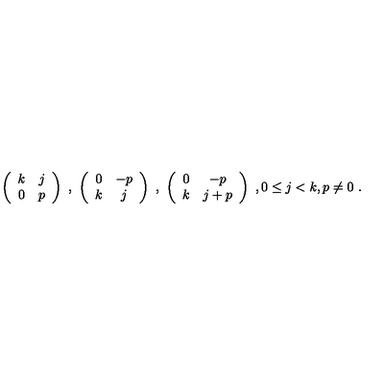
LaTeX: \left( \begin{array} { c c } { k } & { j } \\ { 0 } & { p } \\ \end{array} \right) \ , \ \left( \begin{array} { c c } { 0 } & { - p } \\ { k } & { j } \\ \end{array} \right) \ , \ \left( \begin{array} { c c } { 0 } & { - p } \\ { k } & { j + p } \\ \end{array} \right) \ , 0 \leq j < k , p \neq 0 \ .